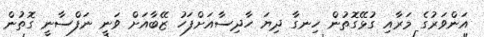
އަންވަރުގެ މަރާއި ގުޅޭގޮތުން ހިނގާ ދިޔަ ހާދިސާއަށްފަހު ޒޭބާއަށް ވަނީ ނަފްސާނީ ގޮތުން